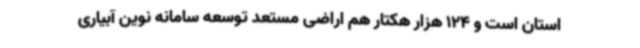
استان است و 124 هزار هکتار هم اراضی مستعد توسعه سامانه نوین آبیاری